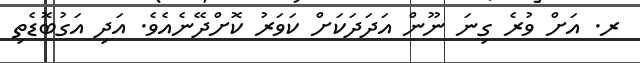
ރ. އަށް ވުރެ ގިނަ ނޫން އަދަދަކަށް ކަވަރު ކޮށްދޭނެއެވެ. އަދި އަގުބޮޑެތި